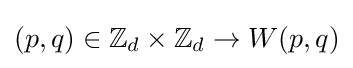
(p,q)\in \mathbb {Z} _{d}\times \mathbb {Z} _{d}\rightarrow W(p,q)